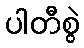
ပါတီစွဲ